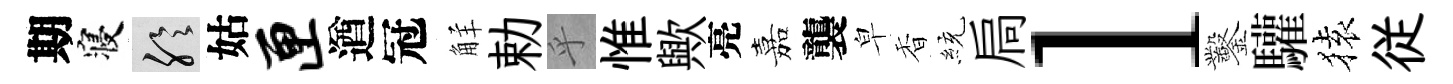
期寝聆姑匣遒冠觧勅乎惟歟亮嘉襲皁香統扃l鑿驩𫞤従